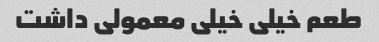
طعم خیلی خیلی معمولی داشت